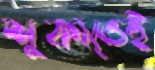
শুকাতেই